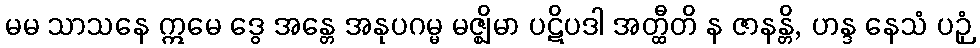
မမ သာသနေ ဣမေ ဒွေ အန္တေ အနုပဂမ္မ မဇ္ဈိမာ ပဋိပဒါ အတ္ထီတိ န ဇာနန္တိ, ဟန္ဒ နေသံ ပဉှံ